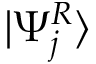
| \Psi _ { j } ^ { R } \rangle